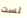
لست